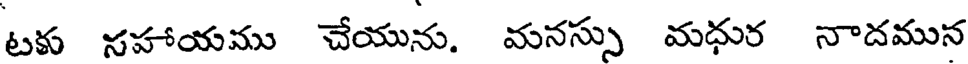
టకు సహాయము చేయును. మనస్సు మధుర నాదమున